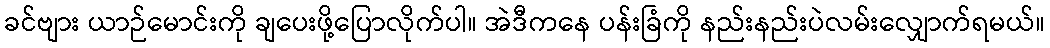
ခင်ဗျား ယာဉ်မောင်းကို ချပေးဖို့ပြောလိုက်ပါ။ အဲဒီကနေ ပန်းခြံကို နည်းနည်းပဲလမ်းလျှောက်ရမယ်။